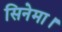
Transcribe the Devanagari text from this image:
सिनेमा।